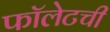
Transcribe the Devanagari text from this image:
फॉलेटची